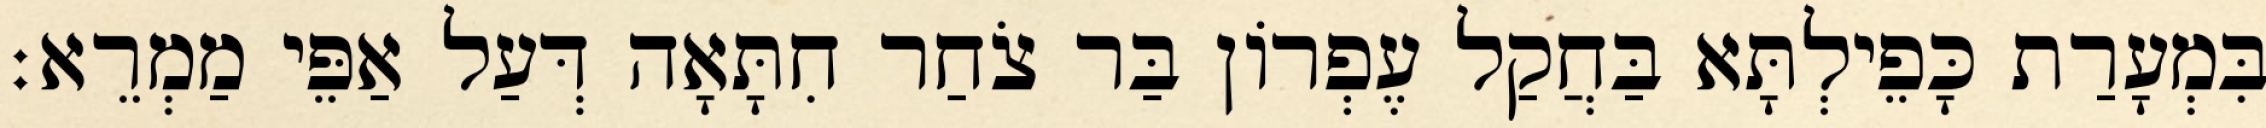
בִּמְעָרַת כָּפֵילְתָּא בַּחֲקַל עֶפְרוֹן בַּר צֹחַר חִתָּאָה דְּעַל אַפֵּי מַמְרֵא׃